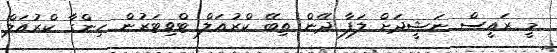
މީ ރައީސް ނަޝީދަށް ލަފާ ދޭން ތިބޭ ކްރުއަލް ޓްވިޓަރުން ހިންގާ ކްރުއަލް